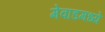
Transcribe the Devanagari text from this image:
मेवाडमध्ये